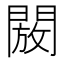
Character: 𮤖